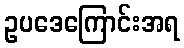
ဥပဒေကြောင်းအရ